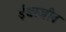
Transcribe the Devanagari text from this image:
ईश्वरजीव